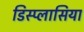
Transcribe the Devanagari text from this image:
डिस्प्लासिया